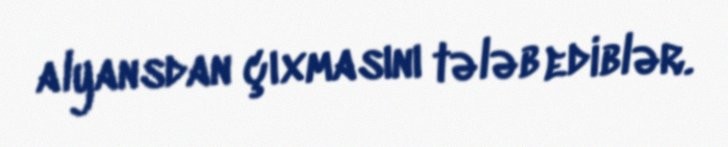
alyansdan çıxmasını tələb ediblər.